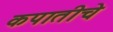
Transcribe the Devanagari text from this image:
कपातीचे